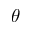
\boldsymbol { \theta }